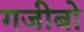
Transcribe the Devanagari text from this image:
गजीबो